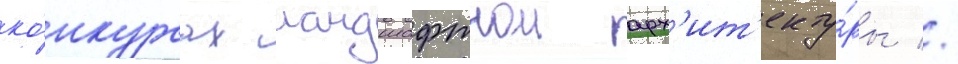
ко́нкурсах ландшафтнои арх'ит'екту́ры //